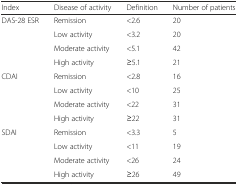
<table><thead><tr><td><b>Index</b></td><td><b>Disease of activity</b></td><td><b>Definition</b></td><td><b>Number of patients</b></td></tr></thead><tbody><tr><td rowspan="4">DAS-28 ESR</td><td>Remission</td><td>&lt;2.6</td><td>20</td></tr><tr><td>Low activity</td><td>&lt;3.2</td><td>20</td></tr><tr><td>Moderate activity</td><td>&lt;5.1</td><td>42</td></tr><tr><td>High activity</td><td>≥5.1</td><td>21</td></tr><tr><td rowspan="4">CDAI</td><td>Remission</td><td>&lt;2.8</td><td>16</td></tr><tr><td>Low activity</td><td>&lt;10</td><td>25</td></tr><tr><td>Moderate activity</td><td>&lt;22</td><td>31</td></tr><tr><td>High activity</td><td>≥22</td><td>31</td></tr><tr><td rowspan="4">SDAI</td><td>Remission</td><td>&lt;3.3</td><td>5</td></tr><tr><td>Low activity</td><td>&lt;11</td><td>19</td></tr><tr><td>Moderate activity</td><td>&lt;26</td><td>24</td></tr><tr><td>High activity</td><td>≥26</td><td>49</td></tr></tbody></table>